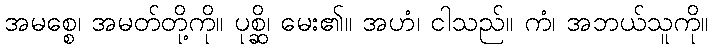
အမစ္စေ၊ အမတ်တို့ကို။ ပုစ္ဆိ၊ မေး၏။ အဟံ၊ ငါသည်။ ကံ၊ အဘယ်သူကို။